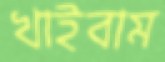
খাইবাম